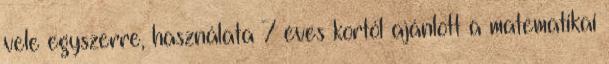
vele egyszerre, használata 7 éves kortól ajánlott a matematikai